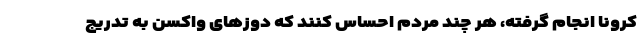
کرونا انجام گرفته، هر چند مردم احساس کنند که دوزهای واکسن به تدریج